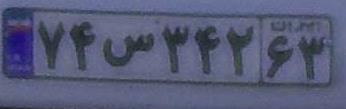
۷۴س۳۴۲۶۳